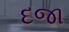
દજા